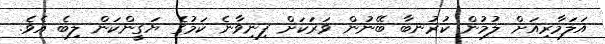
އަލަމާރިއަށް ލުމުން ކުރުނބާ ބޭނުން ވަރަކަށް ފިނިވާނެ ކަމުގެ ޔަގީންކަން ލިބެ އެވެ.